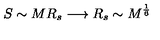
S \sim M R _ { s } \longrightarrow R _ { s } \sim M ^ { \frac { 1 } { 6 } }